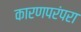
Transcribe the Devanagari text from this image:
कारणपरंपरा